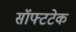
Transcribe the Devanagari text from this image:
सॉफ्टटेक